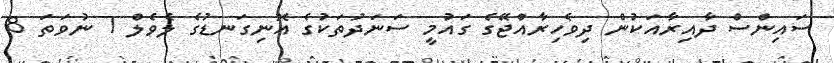
ސައިންސް ދާއިރާއަކުން ދިވެހިރާއްޖޭގެ ގައުމީ ސަނަދުތަކުގެ އޮނިގަނޑުގެ ލެވެލް 7 ނުވަތަ 8